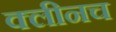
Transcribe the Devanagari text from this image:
क्लीनच